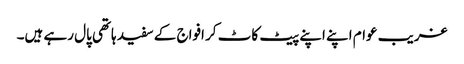
غریب عوام اپنے اپنے پیٹ کاٹ کر افواج کے سفید ہاتھی پال رہے ہیں۔